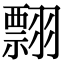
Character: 翲